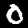
Label: 0